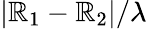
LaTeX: |\mathbb{R}_{1}-\mathbb{R}_{2}|/\lambda